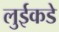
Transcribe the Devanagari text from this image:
लुईकडे